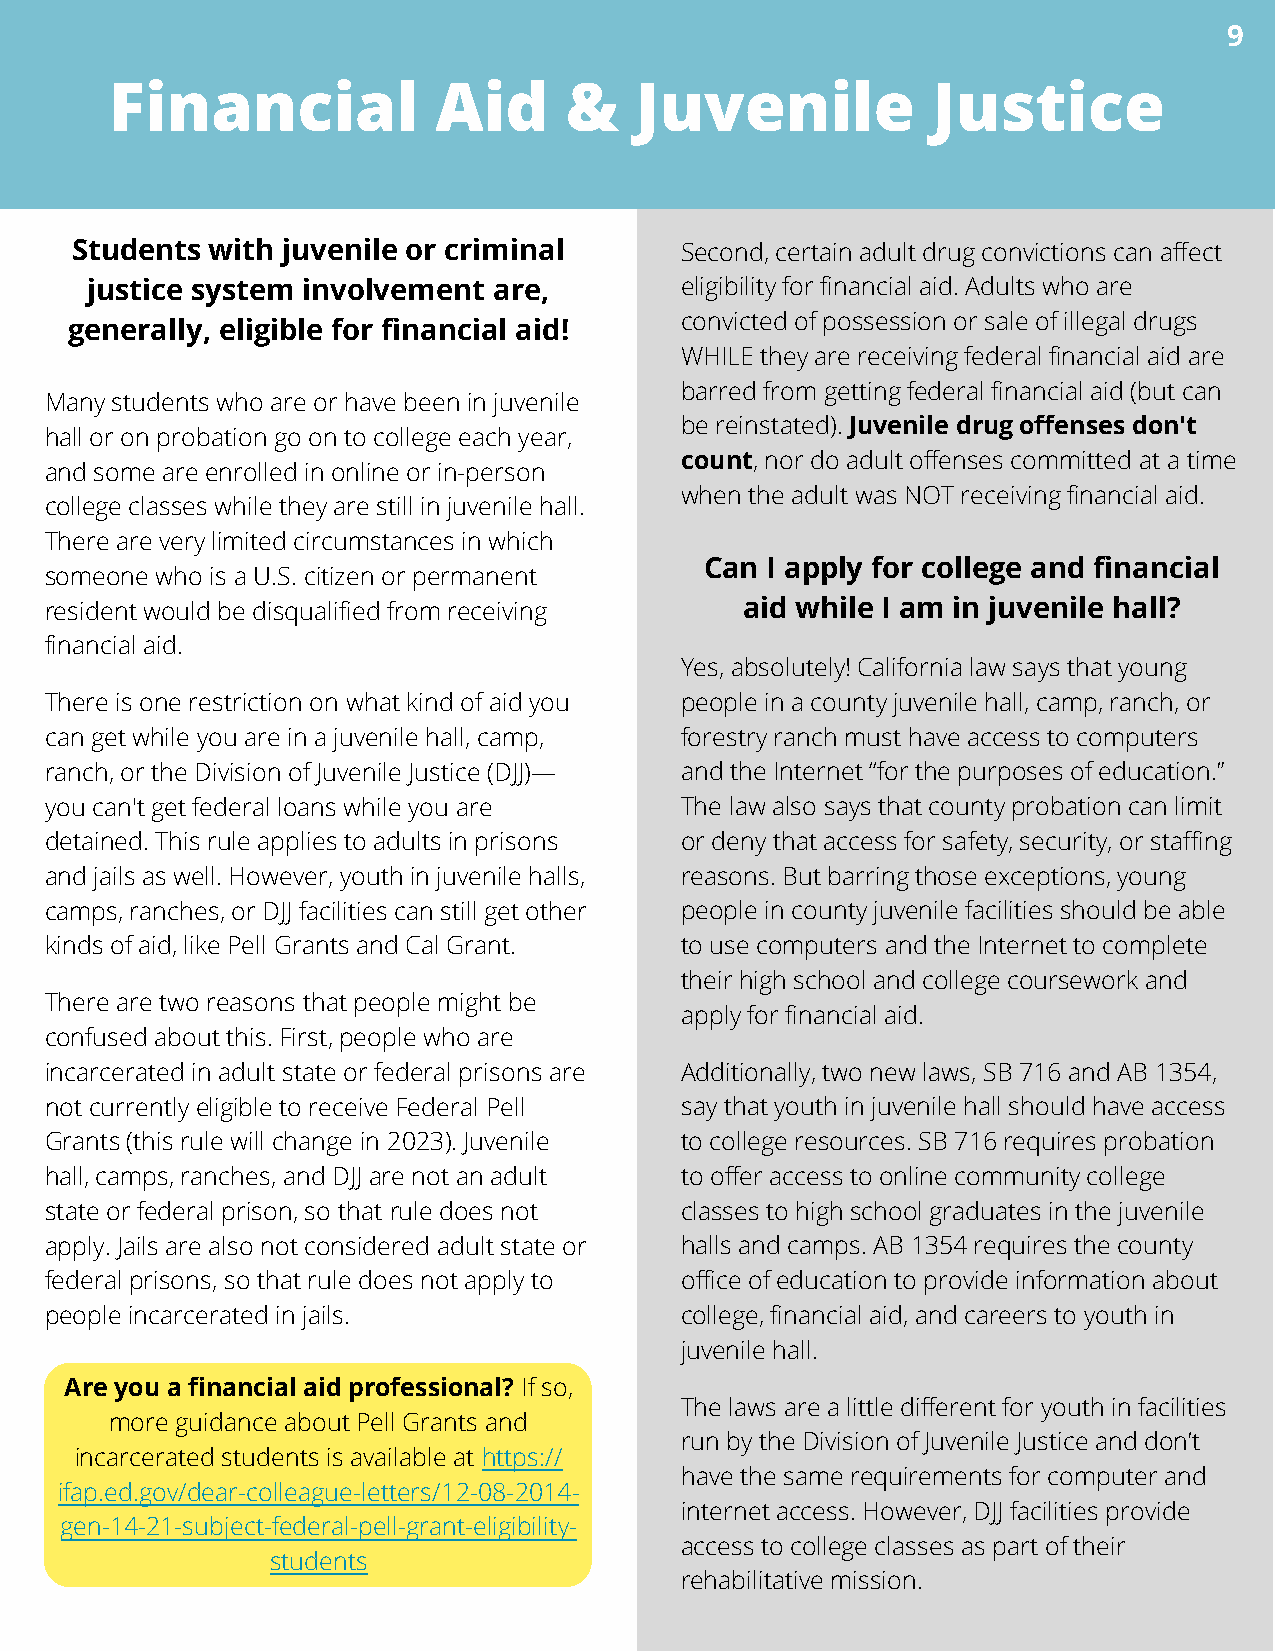
9
 Financial             Aid     &    Juvenile            Justice
 Students with juvenile or criminal      Second, certain adult drug convictions can affect
 justice system involvement are,        eligibility for financial aid. Adults who are
 convicted of possession or sale of illegal drugs
 generally, eligible for financial aid!
 WHILE they are receiving federal financial aid are
 barred from getting federal financial aid (but can
 Many students who are or have been in juvenile
 be reinstated). Juvenile drug offenses don't
 hall or on probation go on to college each year,
 count, nor do adult offenses committed at a time
 and some are enrolled in online or in-person
 when the adult was NOT receiving financial aid.
 college classes while they are still in juvenile hall.
 There are very limited circumstances in which
 Can I apply for college and financial
 someone who is a U.S. citizen or permanent
 resident would be disqualified from receiving aid while I am in juvenile hall?
 financial aid.
 Yes, absolutely! California law says that young
 There is one restriction on what kind of aid you people in a county juvenile hall, camp, ranch, or
 can get while you are in a juvenile hall, camp, forestry ranch must have access to computers
 ranch, or the Division of Juvenile Justice (DJJ)— and the Internet “for the purposes of education.”
 you can't get federal loans while you are The law also says that county probation can limit
 detained. This rule applies to adults in prisons or deny that access for safety, security, or staffing
 and jails as well. However, youth in juvenile halls, reasons. But barring those exceptions, young
 camps, ranches, or DJJ facilities can still get other people in county juvenile facilities should be able
 kinds of aid, like Pell Grants and Cal Grant. to use computers and the Internet to complete
 their high school and college coursework and
 There are two reasons that people might be
 apply for financial aid.
 confused about this. First, people who are
 incarcerated in adult state or federal prisons are Additionally, two new laws, SB 716 and AB 1354,
 not currently eligible to receive Federal Pell say that youth in juvenile hall should have access
 Grants (this rule will change in 2023). Juvenile to college resources. SB 716 requires probation
 hall, camps, ranches, and DJJ are not an adult to offer access to online community college
 state or federal prison, so that rule does not classes to high school graduates in the juvenile
 apply. Jails are also not considered adult state or halls and camps. AB 1354 requires the county
 federal prisons, so that rule does not apply to office of education to provide information about
 people incarcerated in jails.             college, financial aid, and careers to youth in
 juvenile hall.
 Are you a financial aid professional? If so,
 The laws are a little different for youth in facilities
 more guidance about Pell Grants and
 run by the Division of Juvenile Justice and don’t
 incarcerated students is available at https://
 have the same requirements for computer and
 ifap.ed.gov/dear-colleague-letters/12-08-2014-
 internet access. However, DJJ facilities provide
 gen-14-21-subject-federal-pell-grant-eligibility-
 access to college classes as part of their
 students
 rehabilitative mission.